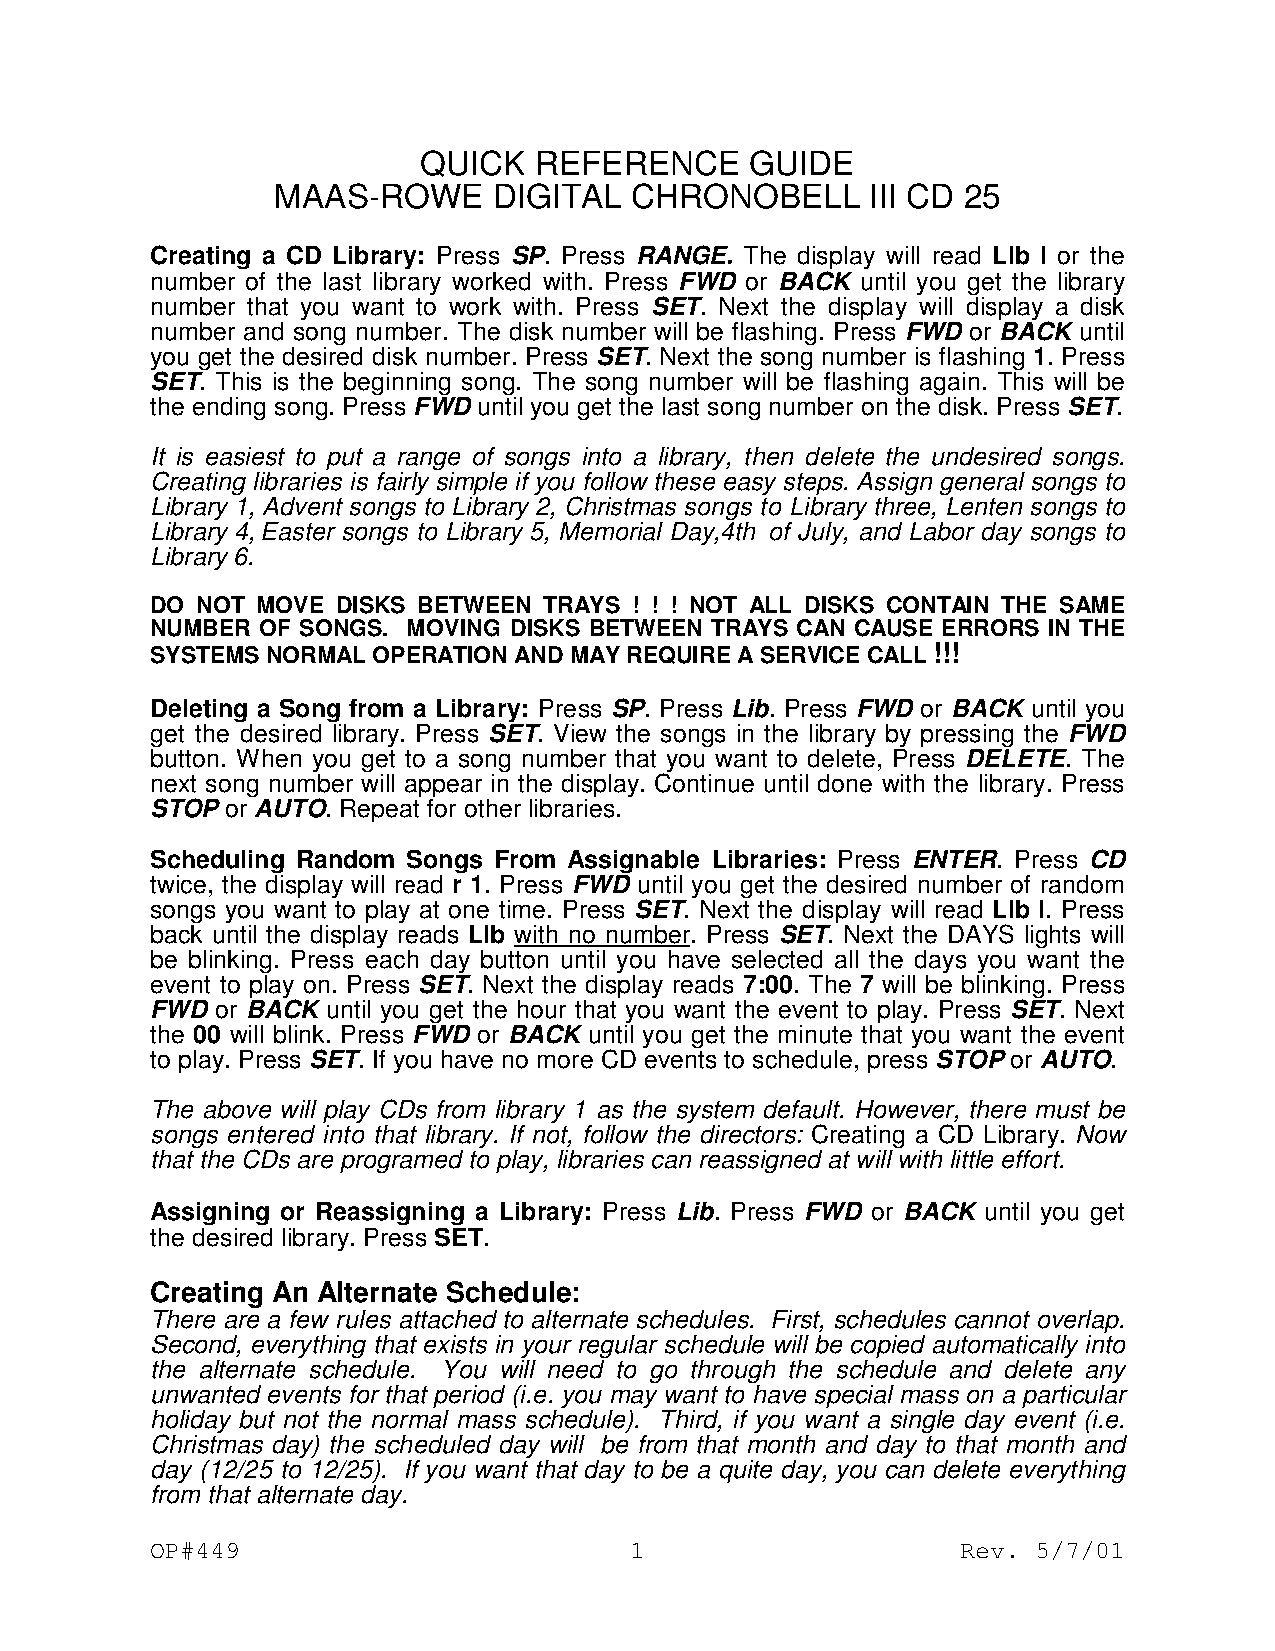
QUICK  REFERENCE      GUIDE
 MAAS-ROWE      DIGITAL  CHRONOBELL      III CD 25
 Creating a CD Library: Press SP. Press RANGE. The display will read Llb I or the
 number of the last library worked with. Press FWD or BACK until you get the library
 number that you want to work with. Press SET. Next the display will display a disk
 number and song number. The disk number will be flashing. Press FWD or BACK until
 you get the desired disk number. Press SET. Next the song number is flashing 1. Press
 SET. This is the beginning song. The song number will be flashing again. This will be
 the ending song. Press FWD until you get the last song number on the disk. Press SET.
 It is easiest to put a range of songs into a library, then delete the undesired songs.
 Creating libraries is fairly simple if you follow these easy steps. Assign general songs to
 Library 1, Advent songs to Library 2, Christmas songs to Library three, Lenten songs to
 Library 4,Easter songs to Library 5, Memorial Day,4th of July, and Labor day songs to
 Library 6.
 DO NOT MOVE DISKS BETWEEN TRAYS ! ! ! NOT ALL DISKS CONTAIN THE SAME
 NUMBER OF SONGS. MOVING DISKS BETWEEN TRAYS CAN CAUSE ERRORS IN THE
 SYSTEMS NORMAL OPERATION AND MAY REQUIRE A SERVICE CALL !!!
 Deleting a Song from a Library: Press SP. Press Lib. Press FWD or BACK until you
 get the desired library. Press SET. View the songs in the library by pressing the FWD
 button. When you get to a song number that you want to delete, Press DELETE. The
 next song number will appear in the display. Continue until done with the library. Press
 STOP or AUTO. Repeat for other libraries.
 Scheduling Random Songs From Assignable Libraries: Press ENTER. Press CD
 twice, the display will read r 1. Press FWD until you get the desired number of random
 songs you want to play at one time. Press SET. Next the display will read Llb I. Press
 back until the display reads Llb with no number. Press SET. Next the DAYS lights will
 be blinking. Press each day button until you have selected all the days you want the
 event to play on. Press SET. Next the display reads 7:00. The 7 will be blinking. Press
 FWD or BACK until you get the hour that you want the event to play. Press SET. Next
 the 00 will blink. Press FWD or BACK until you get the minute that you want the event
 to play. Press SET. If you have no more CD events to schedule, press STOP or AUTO.
 The above will play CDs from library 1 as the system default. However, there must be
 songs entered into that library. If not, follow the directors: Creating a CD Library. Now
 that the CDs are programed to play, libraries can reassigned at will with little effort.
 Assigning or Reassigning a Library: Press Lib. Press FWD or BACK until you get
 the desired library. Press SET.
 Creating An Alternate Schedule:
 There are a few rules attached to alternate schedules. First, schedules cannot overlap.
 Second, everything that exists in your regular schedule will be copied automatically into
 the alternate schedule. You will need to go through the schedule and delete any
 unwanted events for that period (i.e. you may want to have special mass on a particular
 holiday but not the normal mass schedule). Third, if you want a single day event (i.e.
 Christmas day) the scheduled day will be from that month and day to that month and
 day (12/25 to 12/25). If you want that day to be a quite day, you can delete everything
 from that alternate day.
 OP#449                          1                     Rev. 5/7/01